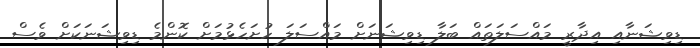
ޑިވިޝަނާއި އިދާރީ މައްސަލަތައް ބަލާ ޑިވިޝަނަށް މައްސަލަ ހުށަހެޅުމަށް ކޮންމެ ޑިވިޝަނަކަށް ވެސް